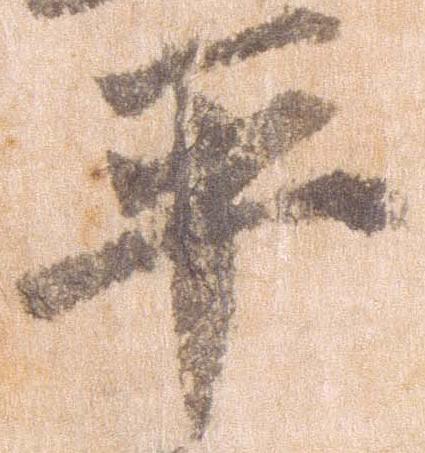
平